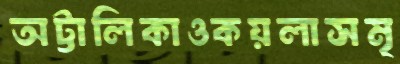
অট্টালিকাওকয়লাসমৃ